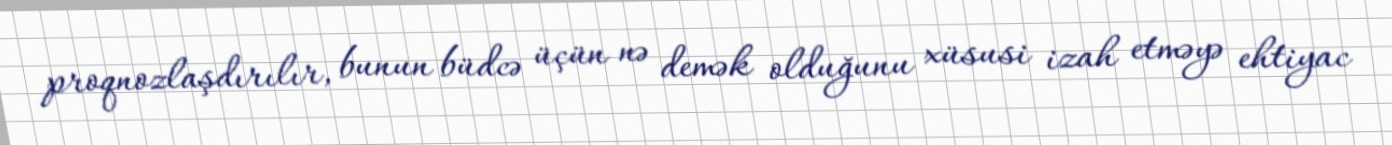
proqnozlaşdırılır, bunun büdcə üçün nə demək olduğunu xüsusi izah etməyə ehtiyac